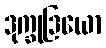
ဒုက္ခုဒြယော